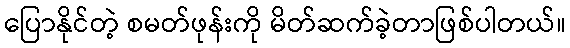
ပြောနိုင်တဲ့ စမတ်ဖုန်းကို မိတ်ဆက်ခဲ့တာဖြစ်ပါတယ်။